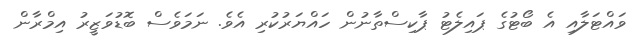
ވައްޓަލާއި އެ ބޯޓުގެ ޕައިލެޓު ޕާކިސްތާނުން ހައްޔަރުކުރި އެވެ. ނަމަވެސް ބޮޑުވަޒީރު އިމްރާން